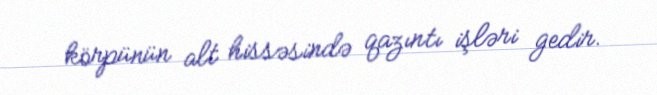
körpünün alt hissəsində qazıntı işləri gedir.